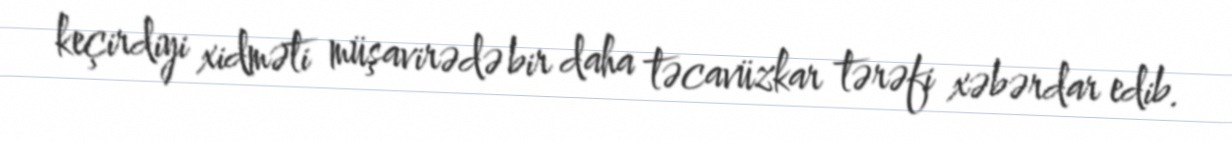
keçirdiyi xidməti müşavirədə bir daha təcavüzkar tərəfi xəbərdar edib.